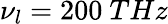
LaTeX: \nu_{l}=200~THz